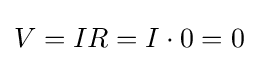
V=IR=I\cdot 0=0